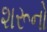
શરૂનો